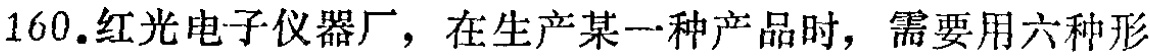
160. 红光电子仪器厂，在生产某一种产品时，需要用六种形